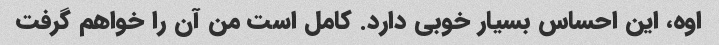
اوه، این احساس بسیار خوبی دارد. کامل است من آن را خواهم گرفت